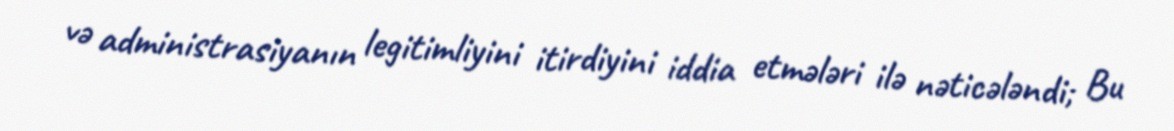
və administrasiyanın legitimliyini itirdiyini iddia etmələri ilə nəticələndi; Bu